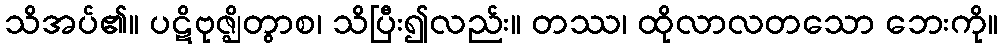
သိအပ်၏။ ပဋိဗုဇ္ဈိတွာစ၊ သိပြီး၍လည်း။ တဿ၊ ထိုလာလတသော ဘေးကို။